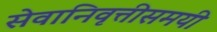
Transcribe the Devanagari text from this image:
सेवानिवृत्तीसमयी